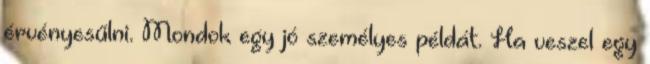
érvényesűlni. Mondok egy jó személyes példát. Ha veszel egy